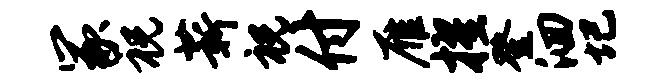
冢祝薪祝付雁擢登洄圮